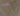
كذلك